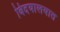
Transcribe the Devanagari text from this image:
विदयालयात